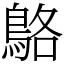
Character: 鴼